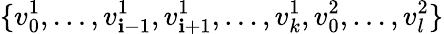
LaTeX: \{ v_{0}^{1},\ldots,v_{\mathbf{i}-1}^{1},v_{\mathbf{i}+1}^{1},\ldots,v_{k}^{1},v_{0}^{2},\ldots,v_{l}^{2}\}